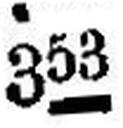
353